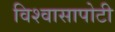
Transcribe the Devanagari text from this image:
विश्वासापोटी